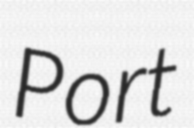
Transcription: Port